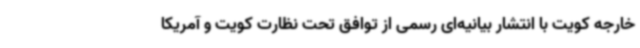
خارجه کویت با انتشار بیانیه‌ای رسمی از توافق تحت نظارت کویت و آمریکا